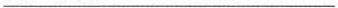
___